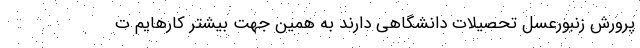
پرورش زنبورعسل تحصیلات دانشگاهی دارند به همین جهت بیشتر کارهایم ت